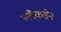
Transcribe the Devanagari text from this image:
ब्लैकडेन